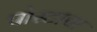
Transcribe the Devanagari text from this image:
पोस्टाचा